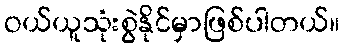
ဝယ်ယူသုံးစွဲနိုင်မှာဖြစ်ပါတယ်။